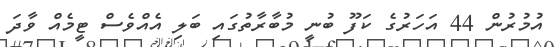
އުމުރުން 44 އަހަރުގެ ކަފޫ ބުނީ މުބާރާތުގައި ބަލި އެއްވެސް ޓީމެއް ވާދަ